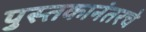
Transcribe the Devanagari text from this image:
पुस्तकानंतरचे